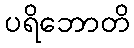
ပရိဘောတိ